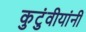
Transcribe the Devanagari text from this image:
कुटुंवीयांनी